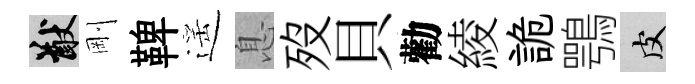
猷剛鞞遥息歿貝勸綾詭鶚皮